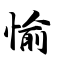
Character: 愉